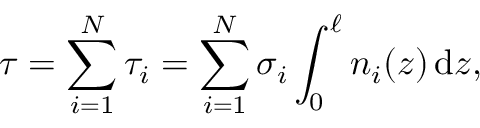
\tau = \sum _ { i = 1 } ^ { N } \tau _ { i } = \sum _ { i = 1 } ^ { N } \sigma _ { i } \int _ { 0 } ^ { \ell } n _ { i } ( z ) \, \mathrm { d } z ,